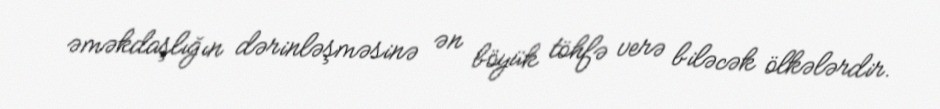
əməkdaşlığın dərinləşməsinə ən böyük töhfə verə biləcək ölkələrdir.